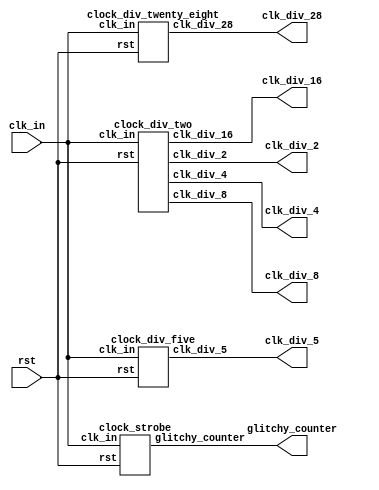
`timescale 1ns / 1ps
//////////////////////////////////////////////////////////////////////////////////
// Company: 
// Engineer: 
// 
// Design Name: 
// Module Name:    clock_gen 
// Project Name: 
// Target Devices: 
// Tool versions: 
// Description: 
//
// Dependencies: 
//
// Revision: 
// Revision 0.01 - File Created
// Additional Comments: 
//
//////////////////////////////////////////////////////////////////////////////////
module clock_gen(
    input clk_in,
    input rst,
    output clk_div_2,
    output clk_div_4,
    output clk_div_8,
    output clk_div_16,
    output clk_div_28,
    output clk_div_5,
    output [7:0] glitchy_counter
   );
	
clock_div_two task_one(
    .clk_in(clk_in),
    .rst(rst),
    .clk_div_2(clk_div_2),
    .clk_div_4(clk_div_4),
    .clk_div_8(clk_div_8),
    .clk_div_16(clk_div_16)
);

clock_div_twenty_eight task_two(
    .clk_in(clk_in),
    .rst(rst),
	 .clk_div_28(clk_div_28)
);

clock_div_five task_three(
    .clk_in(clk_in),
    .rst(rst),
	 .clk_div_5(clk_div_5)
);

clock_strobe task_four(
    .clk_in(clk_in),
    .rst(rst),
	 .glitchy_counter(glitchy_counter)
);

endmodule

module clock_div_two(
    input clk_in,
    input rst,
    output clk_div_2,
    output clk_div_4,
    output clk_div_8,
    output clk_div_16
    );
reg [3:0] Q;
always @ (posedge clk_in)
begin
	if (rst)
		Q <= 4'b0000;
	else
		Q <= Q + 1'b1;
end
assign clk_div_2 = Q[0];
assign clk_div_4 = Q[1];
assign clk_div_8 = Q[2];
assign clk_div_16 = Q[3];
endmodule

module clock_div_twenty_eight(
    input clk_in,
    input rst,
    output reg clk_div_28
    );
reg [3:0] Q;
always @ (posedge clk_in)
begin
	if (rst)
	begin
		Q <= 4'b0000;
		clk_div_28 <= 0;
	end
	else if (Q == 4'b1101)
	begin
		clk_div_28 <= ~clk_div_28;
		Q <= 4'b0000;
	end
	else
	begin
		Q <= Q + 1'b1;
	end
end

endmodule

module clock_div_five(
    input clk_in,
    input rst,
    output clk_div_5
    );
reg [4:0] Q;
always @ (posedge clk_in)
begin
	if (rst)
	begin
		Q <= 5'b00110;
	end
	else
		Q <= {Q[3:0],Q[4]};
end
//assign clk_div_33 = Q[2];
reg [4:0] Q_neg;
always @ (negedge clk_in)
begin
	if (rst)
	begin
		Q_neg <= 5'b00110;
	end
	else
		Q_neg <= {Q_neg[3:0],Q_neg[4]};
end
//assign clk_div_33_neg = Q_neg[3];
assign clk_div_5 = Q[4] || Q_neg[4];

endmodule

module clock_strobe(
    input clk_in,
    input rst,
    output reg [7:0] glitchy_counter
    );
	 
reg [3:0] Q;
always @ (posedge clk_in)
begin
	if (rst)
	begin
		Q <= 4'b0001;
	end
	else
	begin
		Q <= {Q[2:0],Q[3]};
	end
end

always @ (posedge clk_in)
begin
	if (rst)
		glitchy_counter <= 0;
	else if (Q[3] == 1)
		glitchy_counter <= glitchy_counter - 5;
	else
		glitchy_counter <= glitchy_counter + 2;
end

endmodule